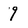
Character: 9